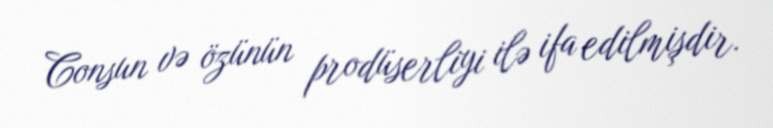
Consun və özünün prodüserliyi ilə ifa edilmişdir.